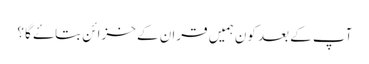
آپ کے بعد کون ہمیں قران کے خزائن بتاۓ گا ؟